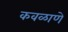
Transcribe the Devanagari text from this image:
कवळाणे